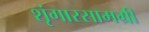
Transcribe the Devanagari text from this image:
शृंगारसामग्री